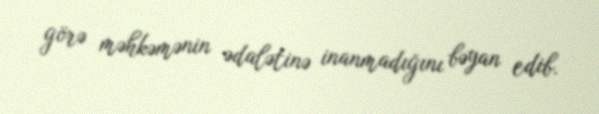
görə məhkəmənin ədalətinə inanmadığını bəyan edib.